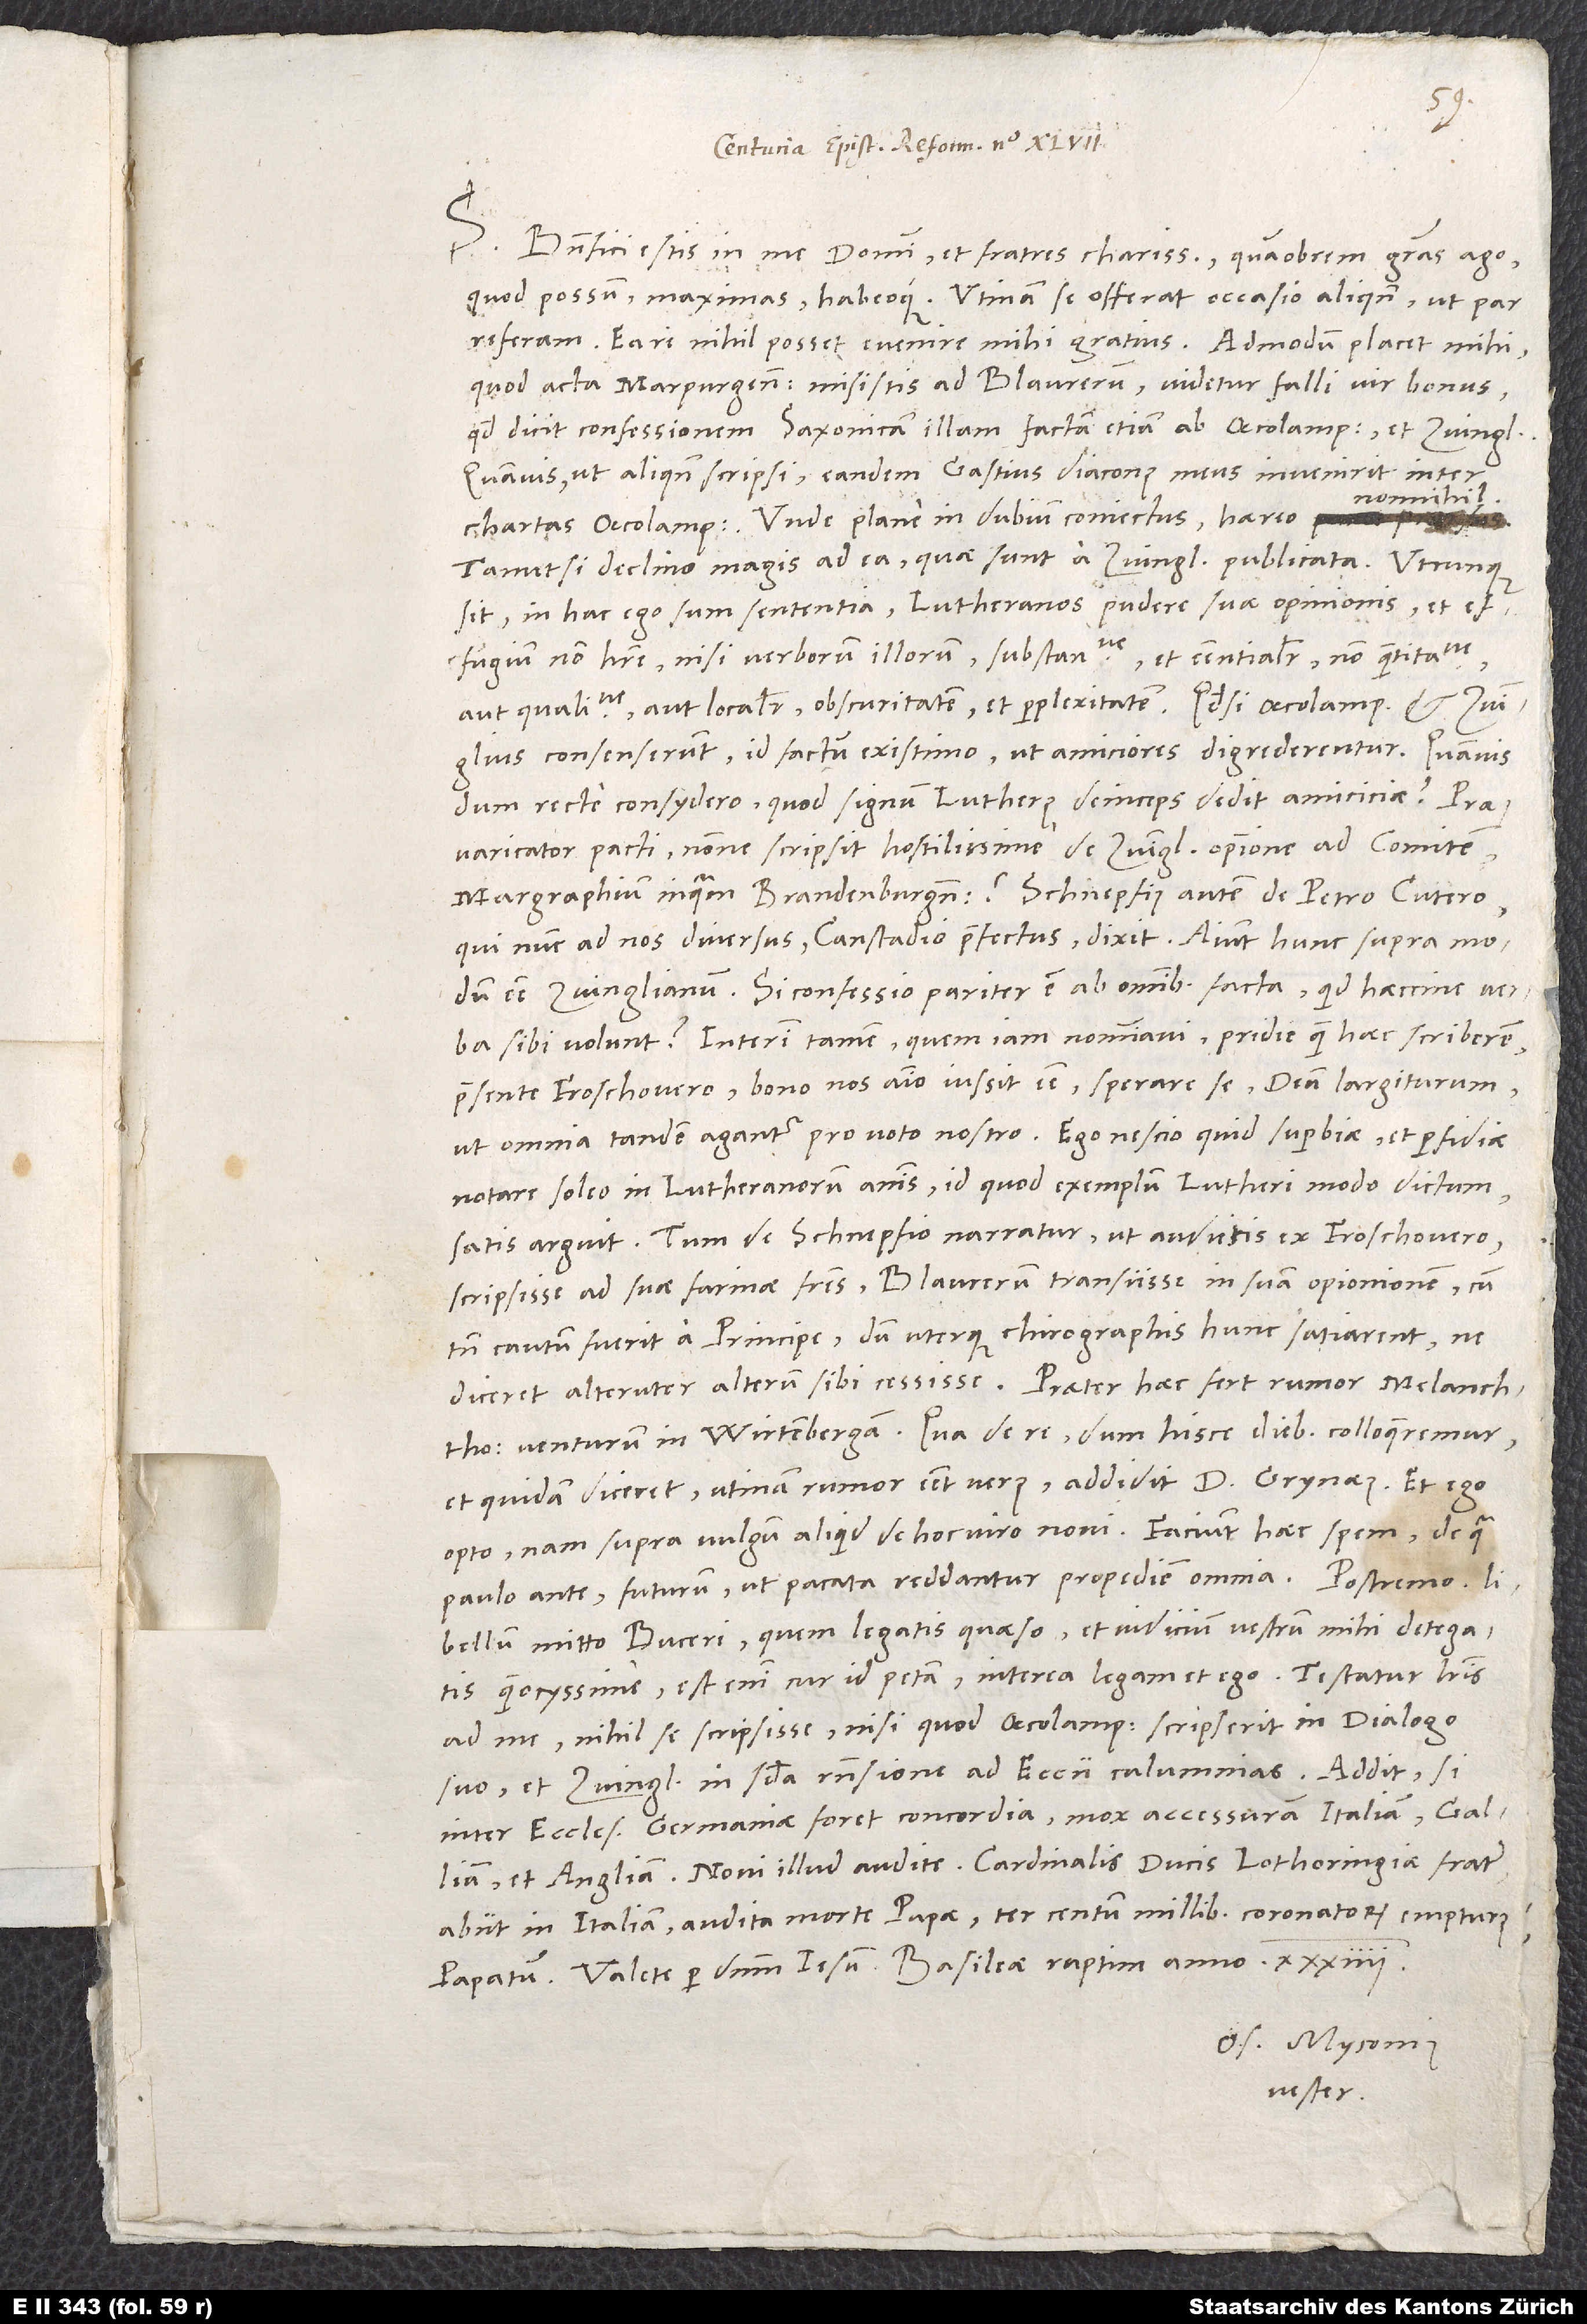
S.
Benefici estis in me, domini et fratres charissimi, quamobrem gratias ago
quod possum maximas habeoque. Utinam se offerat occasio aliquando, ut par
quod acta Marpurgensia misistis ad Blaurerum. Videtur falli vir bonus,
quod dicit confessionem Saxonicam illam factam etiam ab Oecolampadio et Zvinglio,
quamvis ut aliquando scripsi, eandem Gastius, diaconus meus, invenerit inter
chartas Oecolampadii. Unde plane in dubium coniectus haereo
tametsi declino magis ad ea, quae sunt a Zvinglio publicata. Utcunque
sit, in hoc ego sum sententia Lutheranos pudere suae opinionis et
effugium non habere nisi verborum illorum «substantive et essentialiter, non quantitative
aut qualitative, aut localiter» obscuritatem et perplexitatem. Quodsi Oecolampadius et Zvinglius
consenserunt, id factum existimo, ut amiciores digrederentur. Quamvis,
dum recte consydero: Quod signum Lutherus deinceps dedit amiciciae?
Praevaricator pacti nonne scripsit hostilissime de Zvinglii opinione ad comitem,
margraphium inquam Brandenburgensem? Schnepfius autem de Petro Cutero,
qui nunc ad nos diversus Canstadio praefectus, dixit: Aiunt hunc supra modum
esse Zvinglianum. Si confessio pariter est ab omnibus facta, quid haeccine verba
sibi volunt? Interim tamen quem iam nominavi, pridie quam haec scriberem,
praesente Froschovero bono nos animo iussit esse. Sperare se deum largiturum,
ut omnia tandem agantur pro voto nostro. Ego nescio quid superbiae et perfidiae
notare soleo in Lutheranorum animis, id quod exemplum Lutheri modo dictum
satis arguit. Tum de Schnepfio narratur, ut audistis ex Froschovero,
scripsisse ad suae farinae fratres Blaurerum transiisse in suam opinionem, cum
tamen cautum fuerit a principe, dum uterque chirographis hunc satiarent, ne
diceret alteruter alterum sibi cessisse. Praeter haec fert rumor Melanchtonem
venturum in Wirtembergam. Qua de re dum hisce diebus colloqueremur
et quidam diceret, utinam rumor esset verus, addidit d. Grynaeus: «Et ego
opto. Nam supra vulgum aliquid de hoc viro novi.» Faciunt haec spem, de qua
paulo ante, futurum, ut pacata reddantur propediem omnia.
libellum mitto Buceri, quem legatis quaeso et iudicium vestrum mihi detegatis
quam ocyssime. Est enim, cur id petam. Interea legam et ego. Testatur literis
ad me nihil se scripsisse, nisi quod Oecolampadius scripserit in Dialogo
suo et Zvinglius in Secunda responsione ad Eccii calumnias. Addit, si
inter ecclesias Germaniae foret concordia, mox accessuram Italiam, Galliam
Novi illud audite: Cardinalis ducis, Lothoringiae frater,
abiit in Italiam audita morte papae ter centum millibus coronatorum empturus
Os. Myconius
vester.